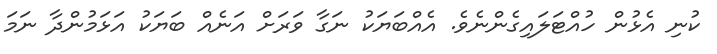
ކުނި އެޅުން ހުއްޓަލައިގެންނެވެ. އެއްބަޔަކު ނަގާ ވަރަށް އަނެއް ބަޔަކު އަޅަމުންދާ ނަމަ